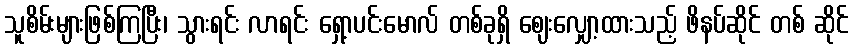
သူစိမ်းများဖြစ်ကြပြီး၊ သွားရင်း လာရင်း ရှော့ပင်းမောလ် တစ်ခုရှိ ဈေးလျှော့ထားသည့် ဖိနပ်ဆိုင် တစ် ဆိုင်